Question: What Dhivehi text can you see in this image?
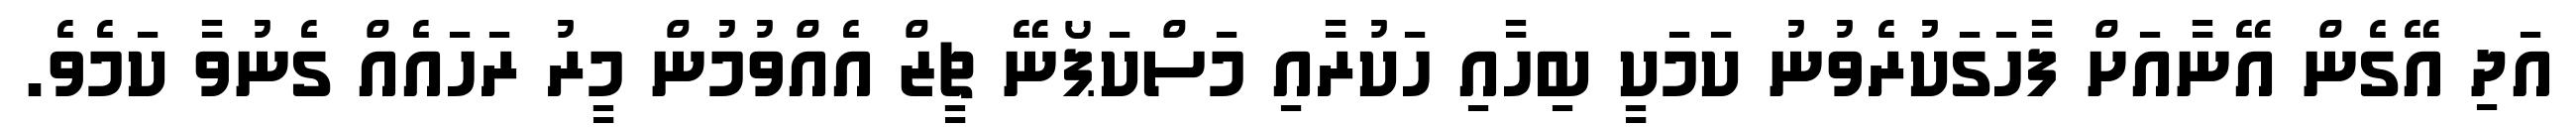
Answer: އަދި އޭގެން އޭނާއަށް ފާހަގަކުރެވުނު ކަމަކީ ބިހާއި ހަކުރާއި މަސްކަޕޯނޭ ޗީޒް އެއްވުމުން މީރު ރަހައެއް ގެނުވާ ކަމެވެ.